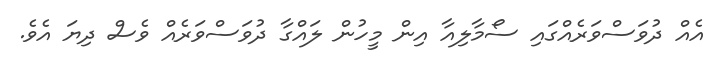
އެއް ދުވަސްވަރެއްގައި ސޯމާލިއާ އިން މީހުން ލައްގާ ދުވަސްވަރެއް ވެސް ދިޔަ އެވެ.